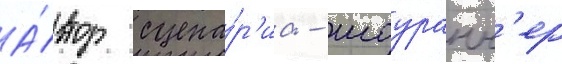
А́втор сцена́р'иа - шоуранн'ер